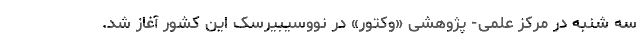
سه شنبه در مرکز علمی- پژوهشی «وکتور» در نووسیبیرسک این کشور آغاز شد.